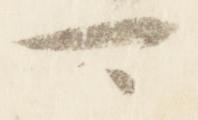
可